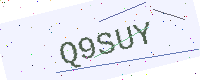
Text: Q9SUY